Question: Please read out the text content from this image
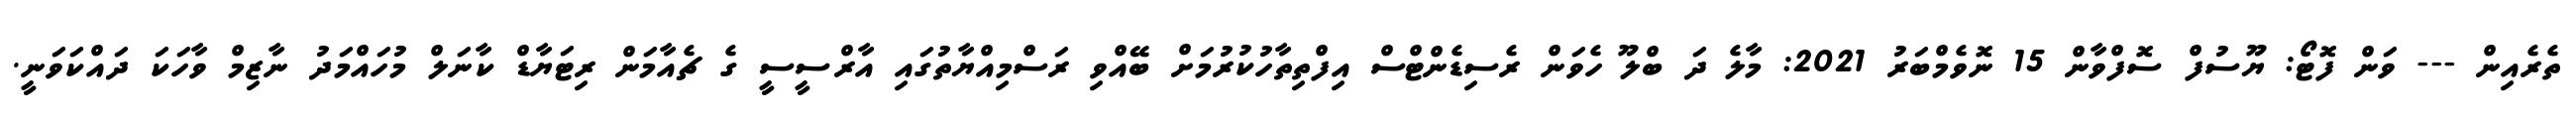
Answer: ތެރެއިން --- ވަން ފޮޓޯ: ޔޫސުފް ސޮފްވާން 15 ނޮވެމްބަރު 2021: މާލެ ދަ ބްލޫ ހެވަން ރެސިޑެންޓްސް އިފްތިތާހުކުރުމަށް ބޭއްވި ރަސްމިއްޔާތުގައި އާރްސީސީ ގެ ޗެއާމަން ރިޓަޔާޑް ކާނަލް މުހައްމަދު ނާޒިމް ވާހަކަ ދައްކަވަނީ.